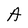
Character: A